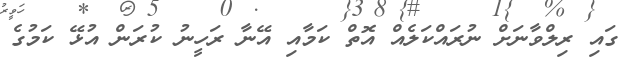
ގައި ރިލްވާނަށް ނުރައްކަލެއް އޮތް ކަމާއި އޭނާ ރަހީނު ކުރަން އުޅޭ ކަމުގެ